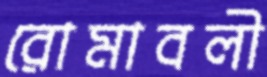
রোমাবলী